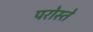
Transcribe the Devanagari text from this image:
परोस्ते